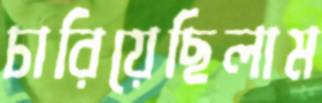
চারিয়েছিলাম